Sketch of the medical history of the native army of Bombay, for the year
Year: 1872
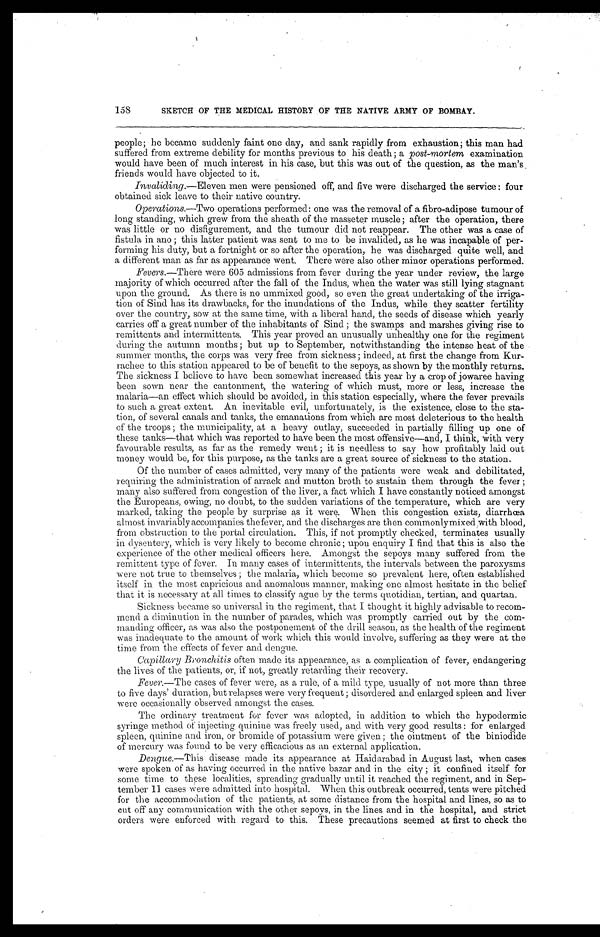
158
SKETCH OF THE MEDICAL HISTORY OF THE NATIVE ARMY OF BOMBAY.
people ; he became suddenly faint one day, and sank rapidly from exhaustion ; this man had
suffered from extreme debility for months previous to his death ; a post-mortem examination
would have been of much interest in his case, but this was out of the question, as the man's
friends would have objected to it.
Invaliding
.—Eleven men were pensioned off, and five were discharged the service : four
obtained sick leave to their native country.
Operations.—Two operations performed : one was the removal of a fibro-adipose tumour of
long standing, which grew from the sheath of the masseter muscle ; after the operation, there
was little or no disfigurement, and the tumour did not reappear. The other was a case of
fistula in ano ; this latter patient was sent to me to be invalided, as he was incapable of per-
forming his duty, but a fortnight or so after the operation, he was discharged quite well, and
a different man as far as appearance went. There were also other minor operations performed.
Fevers .—There were 605 admissions from fever during the year under review, the large
majority of which occurred after the fall of the Indus, when the water was still lying stagnant
upon the ground. As there is no ummixed good, so even the great undertaking of the irriga-
tion of Sind has its drawbacks, for the inundations of the Indus, while they scatter fertility
over the country, sow at the same time, with a liberal hand, the seeds of disease which yearly
carries off a great number of the inhabitants of Sind ; the swamps and marshes giving rise to
remittents and intermittents. This year proved an unusually unhealthy one for the regiment
during the autumn months ; but up to September, notwithstanding the intense heat of the
summer months, the corps was very free from sickness ; indeed, at first the change from Kur-
rachee to this station appeared to be of benefit to the sepoys, as shown by the monthly returns.
The sickness I believe to have been somewhat increased this year by a crop of jowaree having
been sown near the cantonment, the watering of which must, more or less, increase the
malaria—an effect which should be avoided, in this station especially, where the fever prevails
to such a great extent. An inevitable evil, unfortunately, is the existence, close to the sta-
tion, of several canals and tanks, the emanations from which are most deleterious to the health
of the troops ; the municipality, at a heavy outlay, succeeded in partially filling up one of
these tanks—that which was reported to have been the most offensive—and, I think, with very
favourable results, as far as the remedy went ; it is needless to say how profitably laid out
money would be, for this purpose, as the tanks are a great source of sickness to the station.
Of the number of cases admitted, very many of the patients were weak and debilitated,
requiring the administration of arrack and mutton broth to sustain them through the fever ;
many also suffered from congestion of the liver, a fact which I have constantly noticed amongst
the Europeans, owing, no doubt, to the sudden variations of the temperature, which are very
marked, taking the people by surprise as it were. When this congestion exists, diarrhœa
almost invariably accompanies the fever, and the discharges are then commonly mixed with blood,
from obstruction to the portal circulation. This, if not promptly checked, terminates usually
in dysentery, which is very likely to become chronic ; upon enquiry I find that this is also the
experience of the other medical officers here. Amongst the sepoys many suffered from the
remittent type of fever. In many cases of intermittents, the intervals between the paroxysms
were not true to themselves ; the malaria, which become so prevalent here, often established
itself in the most capricious and anomalous manner, making one almost hesitate in the belief
that it is necessary at all times to classify ague by the terms quotidian, tertian, and quartan.
Sickness became so universal in the regiment, that I thought it highly advisable to recom-
mend a diminution in the number of parades, which was promptly carried out by the com
m a n d i n g o f f i c e r , a s w a s a l s o t h e p o s t p o n e m e n t o f t h e d r i l l s e a s o n , a s t h e h e a l t h o f t h e r e g i m e n t
was inadequate to the amount of work which this would involve, suffering as they were at the
time from the effects of fever and dengue.
Capillary Bronchitis often made its appearance, as a complication of fever, endangering
the lives of the patients, or, if not, greatly retarding their recovery.
Fever
.—The cases of fever were, as a rule, of a mild type, usually of not more than three
to five days' duration, but relapses were very frequent ; disordered and enlarged spleen and liver
were occasionally observed amongst the cases.
The ordinary treatment for fever was adopted, in addition to which the hypodermic
syringe method of injecting quinine was freely used, and with very good results : for enlarged
spleen, quinine and iron, or bromide of potassium were given ; the ointment of the biniodide
of mercury was found to be very efficacious as an external application.
Dengue.—This disease made its appearance at Haidarabad in August last, when cases
were spoken of as having occurred in the native bazar and in the city ; it confined itself for
some time to these localities, spreading gradually until it reached the regiment, and in Sep-
tember 11 cases were admitted into hospital. When this outbreak occurred, tents were pitched
for the accommodation of the patients, at some distance from the hospital and lines, so as to
cut off any communication with the other sepoys, in the lines and in the hospital, and strict
orders were enforced with regard to this. These precautions seemed at first to check the